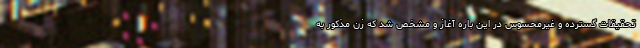
تحقیقات گسترده و غیرمحسوس در این باره آغاز و مشخص شد که زن مذکور به